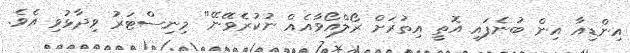
އިންޑިއާ އިން ބުނެފައި އޮތީ އިތުރަށް ރޯލްއޯވާއެއް ނުކުރެވޭނޭ" މިނިސްޓަރު ވިދާޅުވި އެވެ.